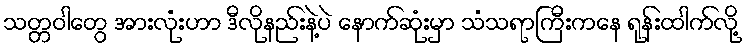
သတ္တဝါတွေ အားလုံးဟာ ဒီလိုနည်းနဲ့ပဲ နောက်ဆုံးမှာ သံသရာကြီးကနေ ရုန်းထါက်လို့